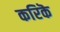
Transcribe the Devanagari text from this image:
करिकॆ